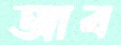
আব